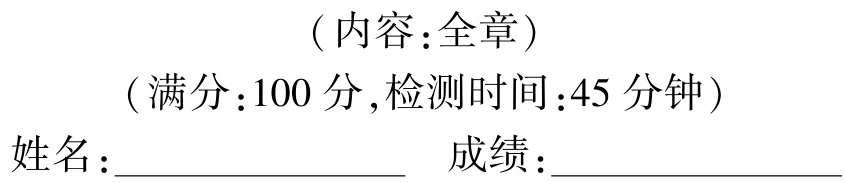
（内容：全章）

（满分：100 分,检测时间：45 分钟）

姓名：______________ 成绩：______________